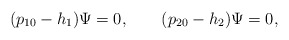
\begin{align*}(p_{10}-h_1)\Psi=0, \qquad (p_{20}-h_2)\Psi=0, \end{align*}